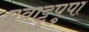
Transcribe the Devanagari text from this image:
मूवाट्टुपुपा